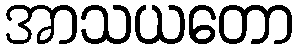
အာသယတော